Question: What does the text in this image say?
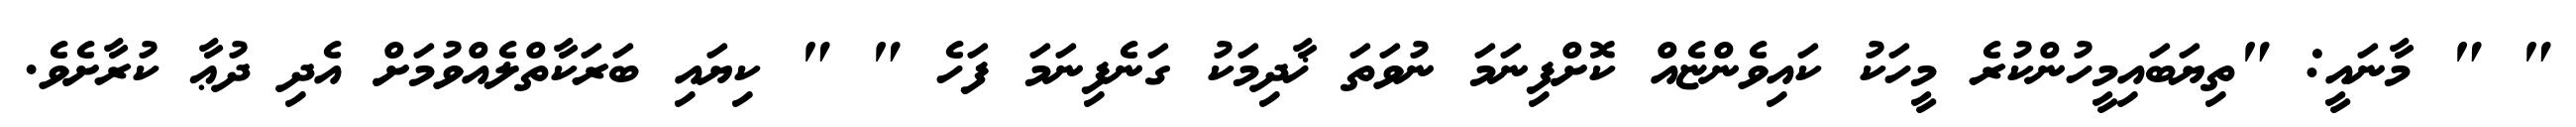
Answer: " " މާނައީ: "ތިޔަބައިމީހުންކުރެ މީހަކު ކައިވެންޏެއް ކޮށްފިނަމަ ނުވަތަ ޚާދިމަކު ގަނެފިނަމަ ފަހެ " " ކިޔައި ބަރަކާތްލެއްވުމަށް އެދި ދުޢާ ކުރާށެވެ.